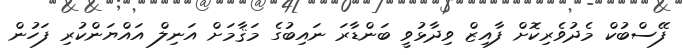
ފޭސްބުކް މެދުވެރިކޮށް ފާއިޒް ވިދާޅުވީ ބަންޑާރަ ނައިބުގެ މަޤާމަށް އަނިލް އައްޔަންކުރި ފަހުން